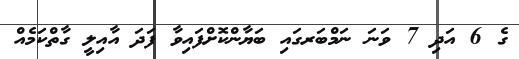
ގެ 6 އަދި 7 ވަނަ ނަމްބަރގައި ބަޔާންކޮށްފައިވާ ފަދަ އާއިލީ ގާތްކަމެއް